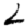
Digit: 2